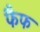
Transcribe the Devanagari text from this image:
फैफ